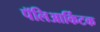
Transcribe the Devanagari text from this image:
पॅलिआर्किटक